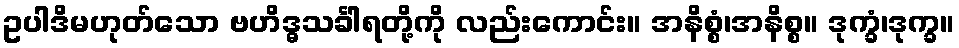
ဥပါဒိမဟုတ်သော ဗဟိဒ္ဓသင်္ခါရတို့ကို လည်းကောင်း။ အနိစ္စံ၊အနိစ္စ။ ဒုက္ခံ၊ဒုက္ခ။